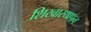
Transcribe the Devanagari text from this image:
शिखास्थापन